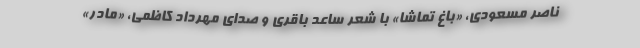
ناصر مسعودی، «باغ تماشا» با شعر ساعد باقری و صدای مهرداد کاظمی، «مادر»